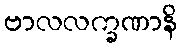
ဗာလလက္ခဏာနိ